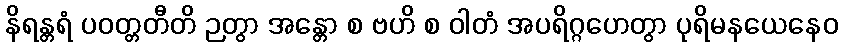
နိရန္တရံ ပဝတ္တတီတိ ဉတွာ အန္တော စ ဗဟိ စ ဝါတံ အပရိဂ္ဂဟေတွာ ပုရိမနယေနေဝ